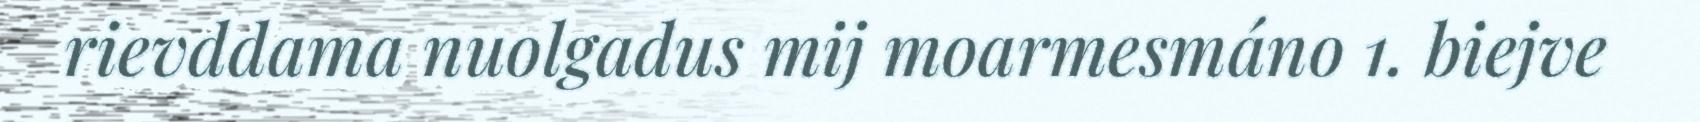
rievddama nuolgadus mij moarmesmáno 1. biejve